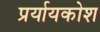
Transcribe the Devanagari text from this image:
प्रर्यायकोश